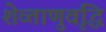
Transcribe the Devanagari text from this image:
शेव्ताणुवृद्धि